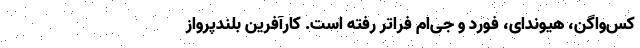
کس‌واگن، هیوندای، فورد و جی‌ام فراتر رفته است. کارآفرین بلندپرواز